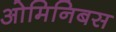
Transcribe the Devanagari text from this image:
ओमिनिबस